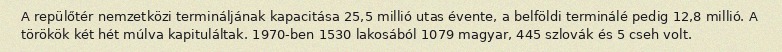
A repülőtér nemzetközi termináljának kapacitása 25,5 millió utas évente, a belföldi terminálé pedig 12,8 millió. A törökök két hét múlva kapituláltak. 1970-ben 1530 lakosából 1079 magyar, 445 szlovák és 5 cseh volt.